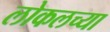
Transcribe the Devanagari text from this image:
लोकलच्या